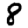
Digit: 8